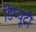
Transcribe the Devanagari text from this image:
डिप्यूटी